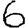
Digit: 6